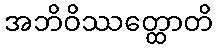
အဘိဝိဿတ္ထောတိ